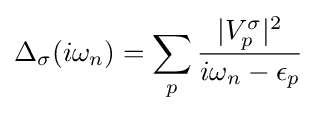
\Delta _{\sigma }(i\omega _{n})=\sum _{p}{\frac {|V_{p}^{\sigma }|^{2}}{i\omega _{n}-\epsilon _{p}}}